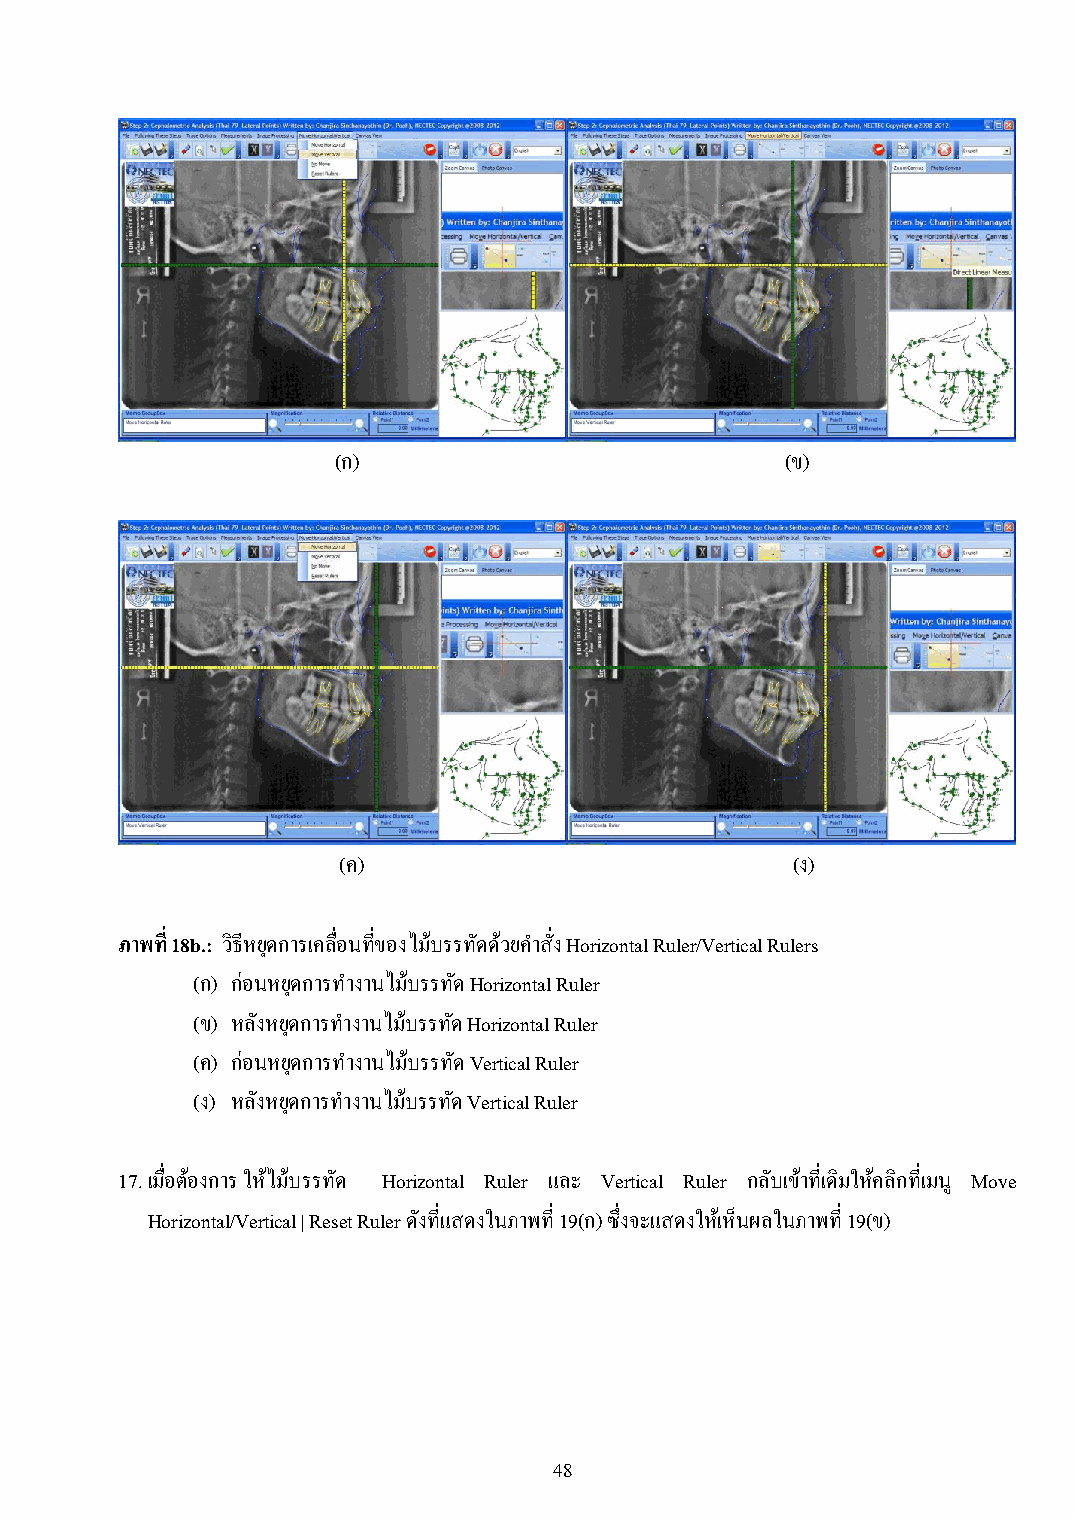
(ก)                           (ข)
 (ค)                           (ง)
 ภาพที่ 18b.: วิธีหยุดการเคลื่อนที่ของไม้บรรทัดด้วยค าสั่ง Horizontal Ruler/Vertical Rulers
 (ก) ก่อนหยุดการท างานไม้บรรทัด Horizontal Ruler
 (ข) หลังหยุดการท างานไม้บรรทัด Horizontal Ruler
 (ค) ก่อนหยุดการท างานไมบ้ รรทัด Vertical Ruler
 (ง) หลังหยุดการท างานไม้บรรทัด Vertical Ruler
 17. เมื่อต้องการ ให้ไม้บรรทัด Horizontal Ruler และ Vertical Ruler กลับเข้าที่เดิมให้คลิกที่เมนู Move
 Horizontal/Vertical | Reset Ruler ดังที่แสดงในภาพที่ 19(ก) ซึ่งจะแสดงให้เห็นผลในภาพที่ 19(ข)
 48